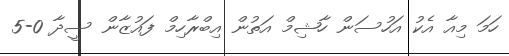
ހަމަ މިއާ އެކު އަހުސަން ހާޝިމް އަތުން އިބްރާހިމް ފައުޒާން ސީދާ 0-5